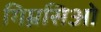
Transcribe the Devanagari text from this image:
गिम्नसिओ